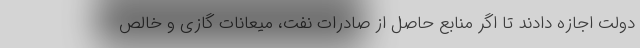
دولت اجازه دادند تا اگر منابع حاصل از صادرات نفت، میعانات گازی و خالص